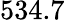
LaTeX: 534.7